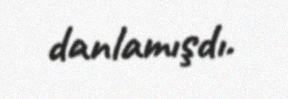
danlamışdı.